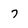
Character: 7